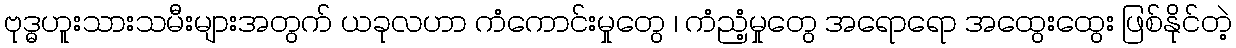
ဗုဒ္ဓဟူးသားသမီးများအတွက် ယခုလဟာ ကံကောင်းမှုတွေ ၊ ကံညံ့မှုတွေ အရောရော အထွေးထွေး ဖြစ်နိုင်တဲ့